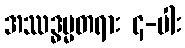
အဿဒ္ဓမ္မတရား ၄-ပါး